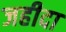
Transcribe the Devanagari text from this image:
जहीदा